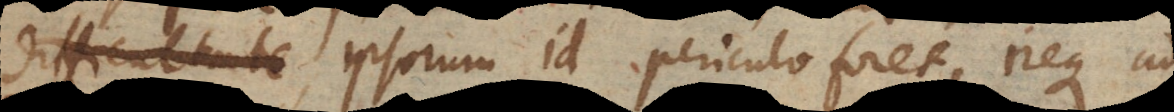
severitate, ipsorum id periculo foret, neque ad